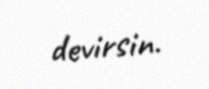
devirsin.